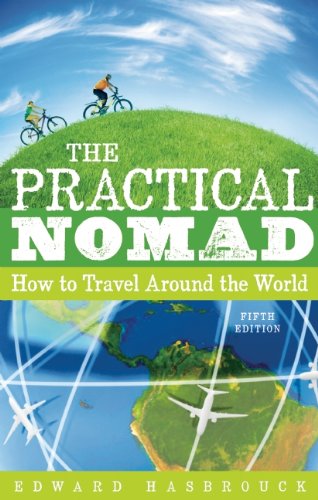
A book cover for The Practical Nomad: How to Travel Around the World; Edward Hasbrouck; Travel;